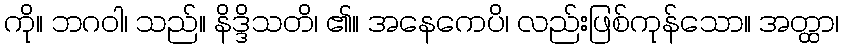
ကို။ ဘဂဝါ၊ သည်။ နိဒ္ဒိသတိ၊ ၏။ အနေကေပိ၊ လည်းဖြစ်ကုန်သော။ အတ္ထာ၊